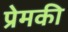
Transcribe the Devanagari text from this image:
प्रेमकी